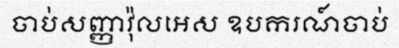
ចាប់សញ្ញាវ៉ុលអេស ឧបករណ៍ចាប់